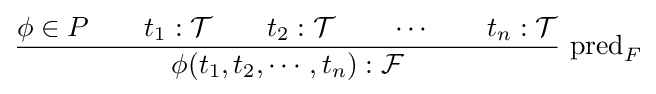
{\frac {\phi \in P\qquad t_{1}:{\mathcal {T}}\qquad t_{2}:{\mathcal {T}}\qquad \cdots \qquad t_{n}:{\mathcal {T}}}{\phi (t_{1},t_{2},\cdots ,t_{n}):{\mathcal {F}}}}{\hbox{ pred}}_{F}